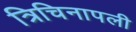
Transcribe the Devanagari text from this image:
त्रिचिनापली